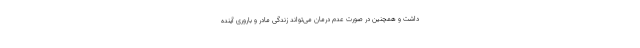
داشت و همچنین در صورت عدم درمان می‌تواند زندگی مادر و باروری آینده